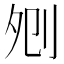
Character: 𠛠